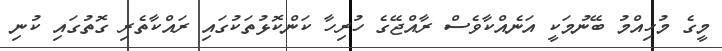
މީގެ މުހިއްމު ބޭނުމަކީ އަނެއްކާވެސް ރާއްޖޭގެ ހުރިހާ ކަންކޮޅުތަކުގައި ރައްކާތެރި ގޮތުގައި ކުނި